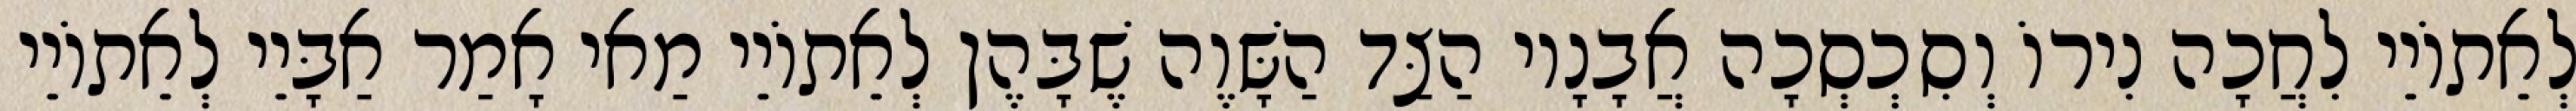
לְאֵתוֹיֵי לִחֲכָה נִירוֹ וְסִכְסְכָה אֲבָנָיו הַצַּד הַשָּׁוֶה שֶׁבָּהֶן לְאֵתוֹיֵי מַאי אָמַר אַבָּיֵי לְאֵתוֹיֵי